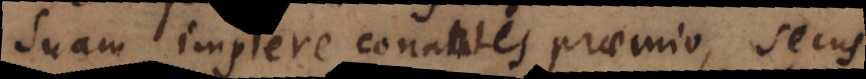
suam implere satagentes praemio, secus